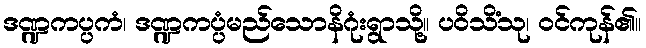
ဒဏ္ဍကပ္ပကံ၊ ဒဏ္ဍကပ္ပံမည်သောနိဂုံးရွာသို့။ ပဝိသိံသု၊ ဝင်ကုန်၏။